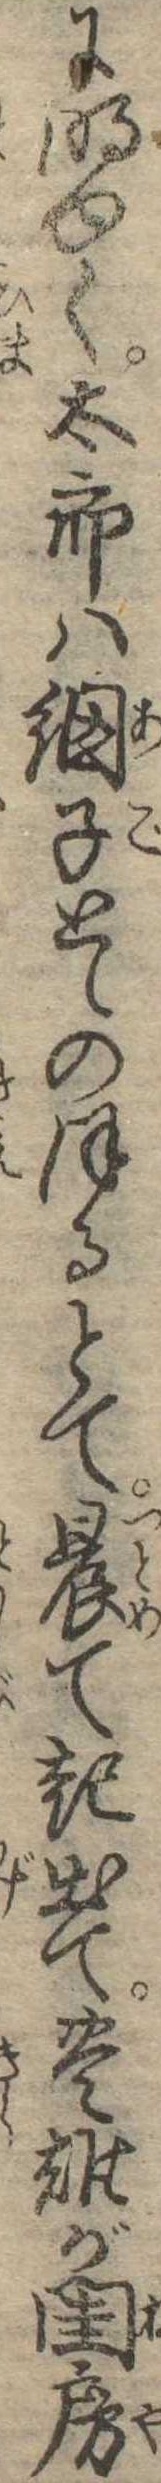
に明ゆく太郎は網子とゝのほるとて晨て起出て豊雄が閨房